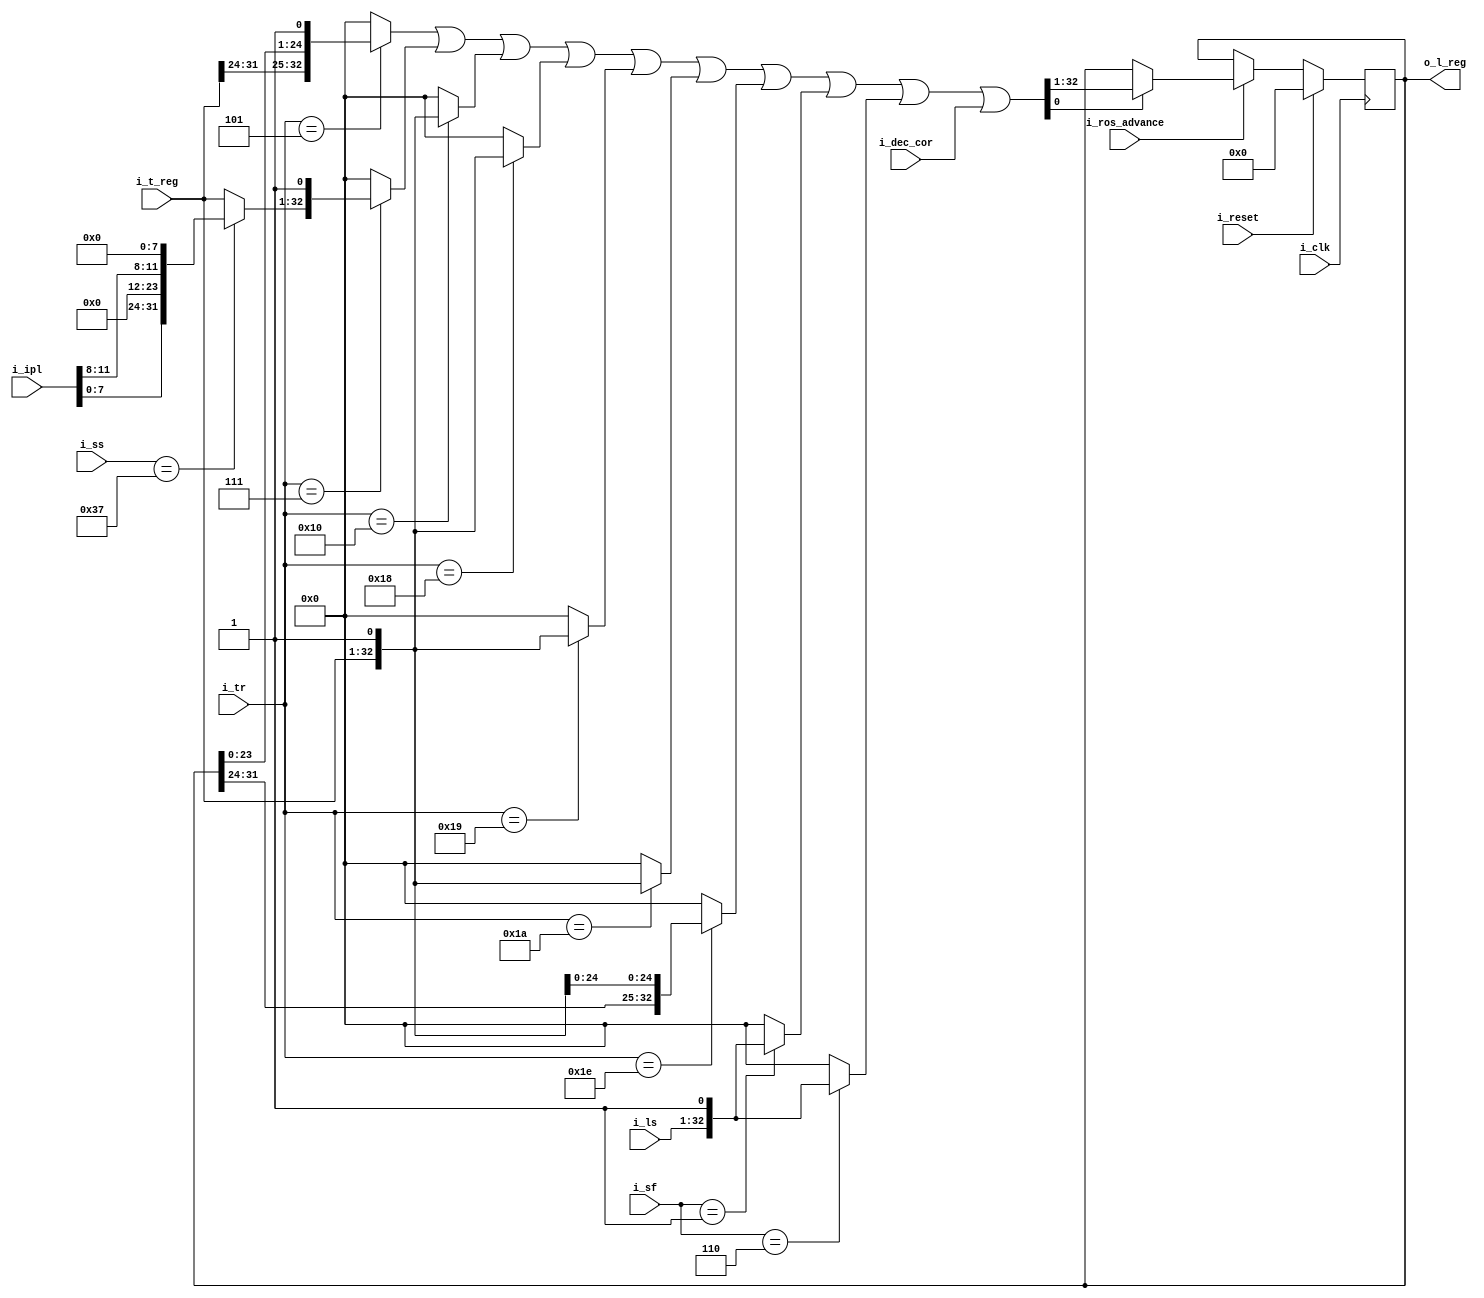
`default_nettype   none

module x2050lreg (i_clk, i_reset,
	i_ros_advance,
	i_tr,
	i_sf,
	i_ss,
	i_t_reg,
	i_ipl,
	i_ls,
	i_dec_cor,
	o_l_reg);

	input wire i_clk;
	input wire i_reset;
	input wire i_ros_advance;

	input wire [4:0] i_tr;
	input wire [2:0] i_sf;
	input wire [5:0] i_ss;
	input wire [31:0] i_t_reg;
	input wire [11:0] i_ipl;
	input wire [31:0] i_ls;
	input wire [32:0] i_dec_cor;
	output reg [31:0] o_l_reg;

	// ks611
	wire [31:0] treg = (i_ss == 6'd55) ?
		{i_ipl[7:0], 12'b0, i_ipl[11:8], 8'b0}
		: i_t_reg;

	// dr111 dr131
	wire [32:0] next_lreg =
		((i_tr == 5'd5) ? {i_t_reg[31-0:31-7],o_l_reg[31-8:31-31],1'b1} : 0)
		| ((i_tr == 5'd7) ? {treg,1'b1} : 0)
		| ((i_tr == 5'd16) ? {i_t_reg,1'b1} : 0)
		| ((i_tr == 5'd24) ? {i_t_reg,1'b1} : 0)
		| ((i_tr == 5'd25) ? {i_t_reg,1'b1} : 0)
		| ((i_tr == 5'd26) ? {i_t_reg,1'b1} : 0)
		| ((i_tr == 5'd30) ? {o_l_reg[31-0:31-7],i_t_reg[31-8:31-31],1'b1}: 0)
		| ((i_sf == 3'd1) ? {i_ls,1'b1}: 0)
		| ((i_sf == 3'd6) ? {i_ls,1'b1}: 0)
		| i_dec_cor
		;

// XXX only on ros exec
always @(posedge i_clk)
	if (i_reset)
		o_l_reg <= 0;
	else if (!i_ros_advance)
		;
	else if (next_lreg[0]) o_l_reg <= next_lreg[32:1];
endmodule